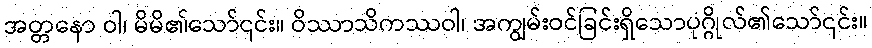
အတ္တနော ဝါ၊ မိမိ၏သော်၎င်း။ ဝိဿာသိကဿဝါ၊ အကျွမ်းဝင်ခြင်းရှိသောပုဂ္ဂိုလ်၏သော်၎င်း။